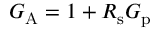
G _ { \mathrm { { A } } } = 1 + R _ { \mathrm { { s } } } G _ { \mathrm { { p } } }